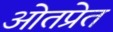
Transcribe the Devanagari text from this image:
ओतप्रेत